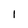
Character: 1